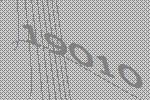
19010